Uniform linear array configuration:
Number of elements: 4
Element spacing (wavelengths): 0.75
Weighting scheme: binomial
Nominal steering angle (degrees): -15
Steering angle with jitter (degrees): -13.252
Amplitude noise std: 0.05
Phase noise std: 0.05

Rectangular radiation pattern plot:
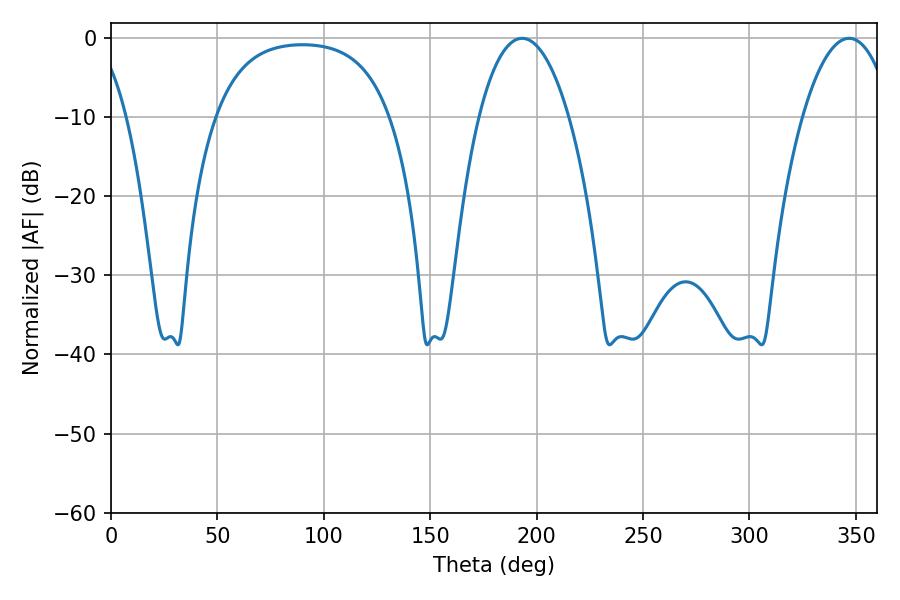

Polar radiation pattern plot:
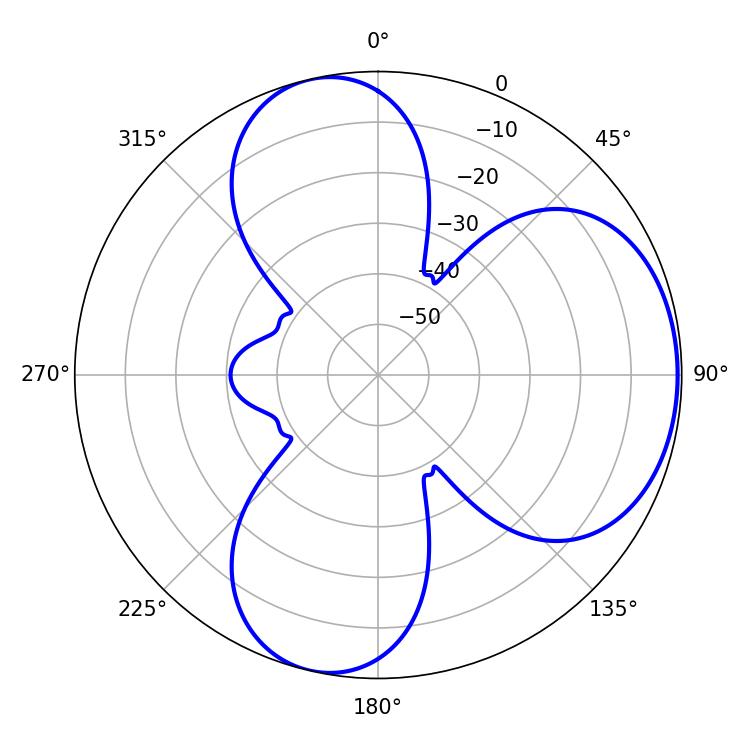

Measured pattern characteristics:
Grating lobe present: TRUE
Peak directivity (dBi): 5.551
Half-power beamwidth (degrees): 23.58
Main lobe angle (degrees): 193.14